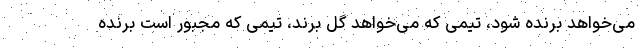
می‌خواهد برنده شود، تیمی که می‌خواهد گل برند، تیمی که مجبور است برنده